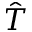
\hat { T }